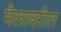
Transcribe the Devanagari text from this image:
मैलावरील